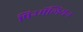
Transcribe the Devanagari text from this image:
पिग्मॅलियन